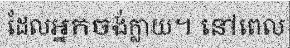
ដែលអ្នកចង់ក្លាយ។ នៅពេល